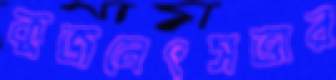
কুজনেৎসভার